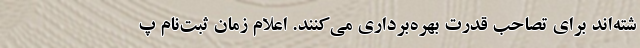
شته‌اند برای تصاحب قدرت بهره‌برداری می‌کنند. اعلام زمان ثبت‌نام پ